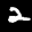
Label: 2